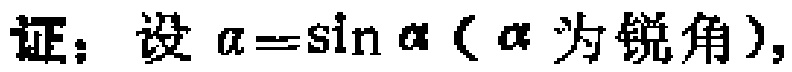
证：设\(\alpha = \sin\alpha\)（\(\alpha\)为锐角），